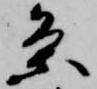
条